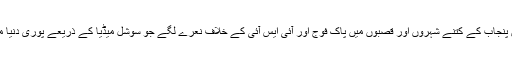
نواز شریف پنجاب کا مقبول لیڈر ہے اور جو کچھ نواز شریف کے ساتھ ہوا اس کے ردعمل میں پنجاب کے کتنے شہروں اور قصبوں میں پاک فوج اور آئی ایس آئی کے خلاف نعرے لگے جو سوشل میڈیا کے ذریعے پوری دنیا میں پھیلے ،کیا پنجاب میں پنپنے والی اس سوچ کے خاتمہ کیلئے کوئی پروگرام تشکیل دیا گیا ؟